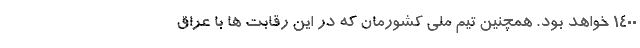
1400 خواهد بود. همچنین تیم ملی کشورمان که در این رقابت ها با عراق